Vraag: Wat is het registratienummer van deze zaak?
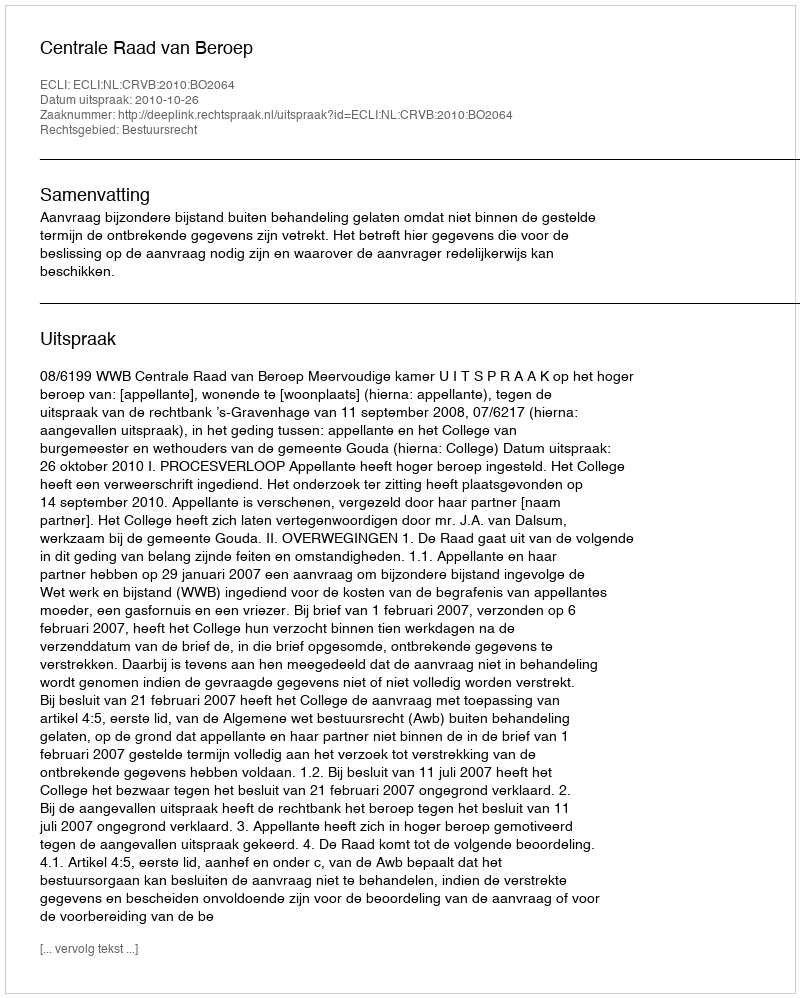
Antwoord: http://deeplink.rechtspraak.nl/uitspraak?id=ECLI:NL:CRVB:2010:BO2064